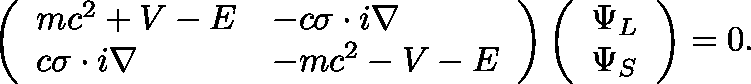
\left( \begin{array} { l l } { m c ^ { 2 } + V - E } & { - c \mathbf { \sigma } \cdot i \nabla } \\ { c \mathbf { \sigma } \cdot i \nabla } & { - m c ^ { 2 } - V - E } \end{array} \right) \left( \begin{array} { l } { \Psi _ { L } } \\ { \Psi _ { S } } \end{array} \right) = 0 .